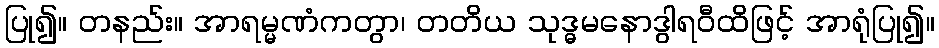
ပြု၍။ တနည်း။ အာရမ္မဏံကတွာ၊ တတိယ သုဒ္ဓမနောဒွါရဝီထိဖြင့် အာရုံပြု၍။